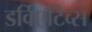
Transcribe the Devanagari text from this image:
डर्विएटिव्स